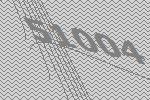
51004